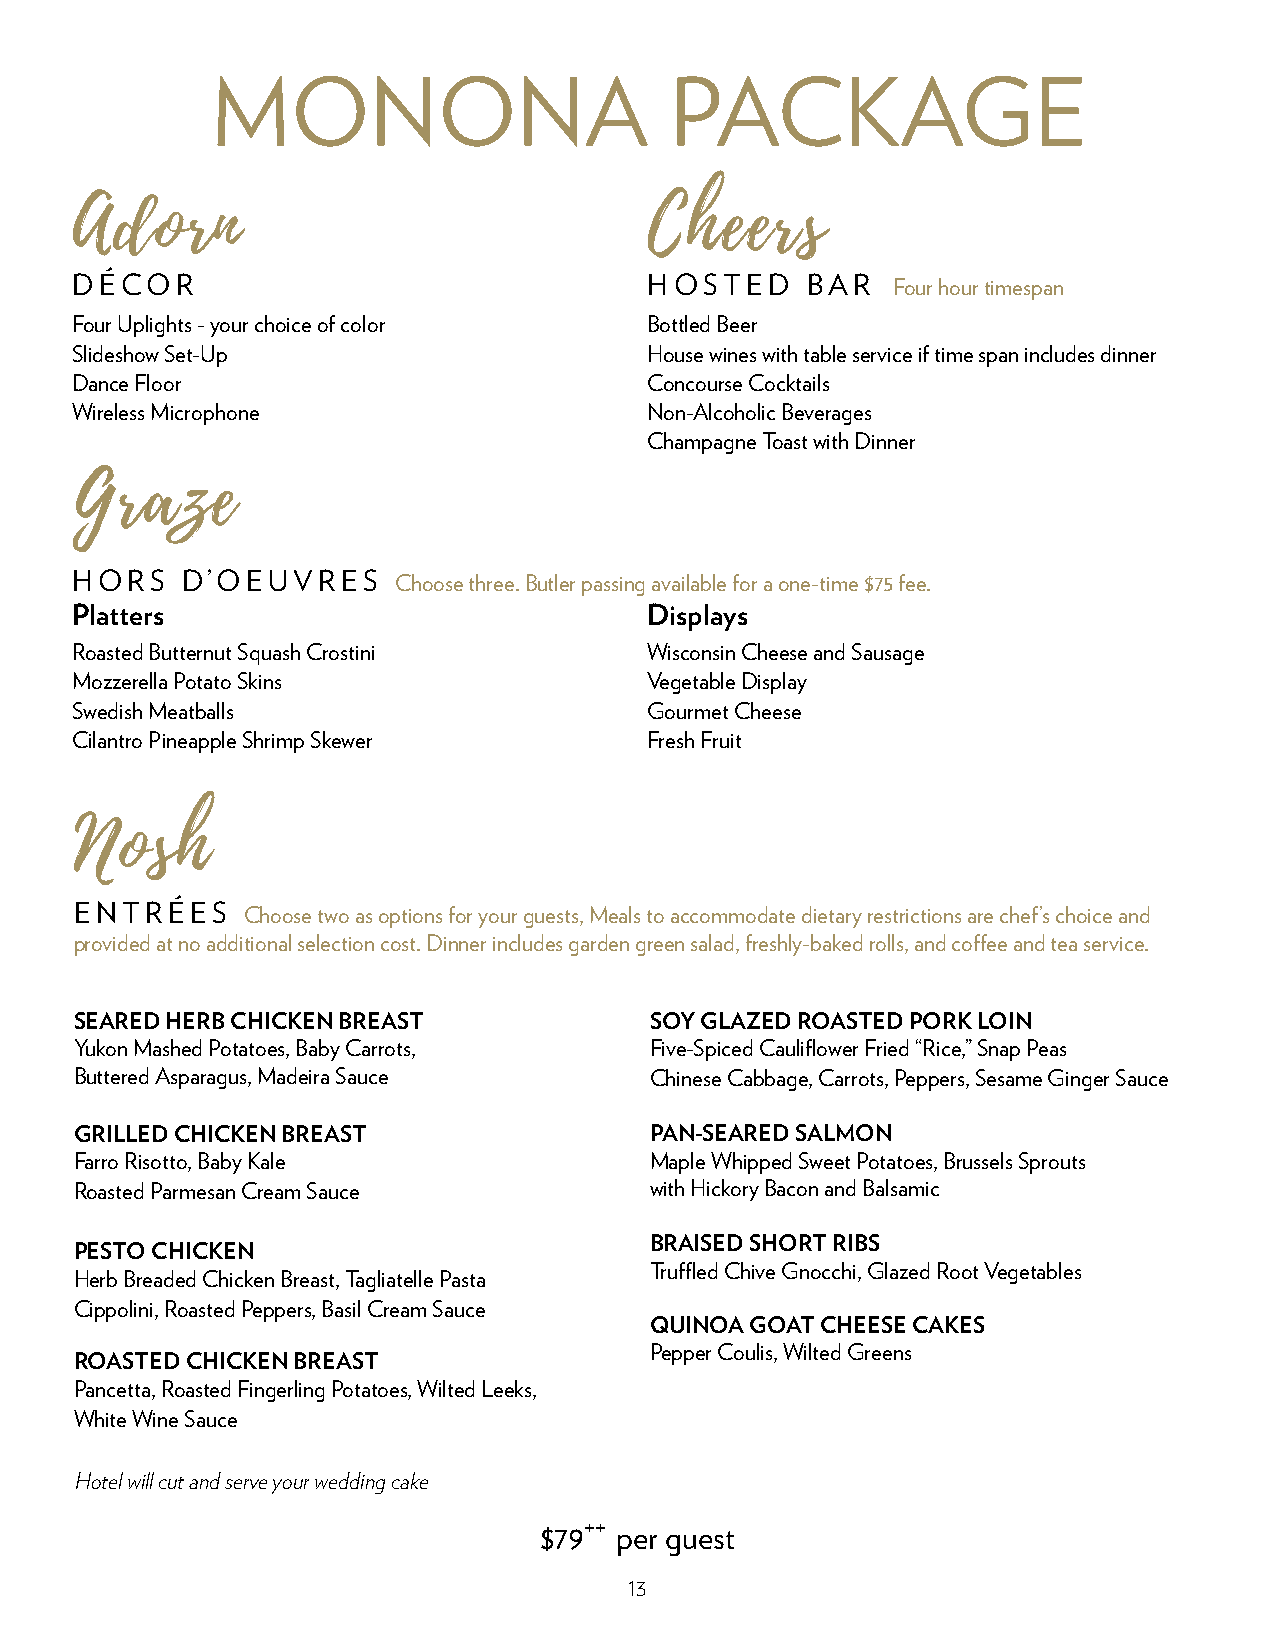
MONONA                        PACKAGE
 Adorn                                 Cheers
 DÉCOR                                 HOSTED    BAR   Four hour timespan
 Four Uplights - your choice of color  Bottled Beer
 Slideshow Set-Up                      House wines with table service if time span includes dinner
 Dance Floor                           Concourse Cocktails
 Wireless Microphone                   Non-Alcoholic Beverages
 Champagne Toast with Dinner
 Graze
 HORS   D’OEUVRES     Choose three. Butler passing available for a one-time $75 fee.
 Platters                              Displays
 Roasted Butternut Squash Crostini     Wisconsin Cheese and Sausage
 Mozzerella Potato Skins               Vegetable Display
 Swedish Meatballs                     Gourmet Cheese
 Cilantro Pineapple Shrimp Skewer      Fresh Fruit
 Nosh
 ENTRÉES    Choose two as options for your guests, Meals to accommodate dietary restrictions are chef’s choice and
 provided at no additional selection cost. Dinner includes garden green salad, freshly-baked rolls, and coffee and tea service.
 SEARED HERB CHICKEN BREAST            SOY GLAZED ROASTED PORK LOIN
 Yukon Mashed Potatoes, Baby Carrots,  Five-Spiced Cauliflower Fried “Rice,” Snap Peas
 Buttered Asparagus, Madeira Sauce     Chinese Cabbage, Carrots, Peppers, Sesame Ginger Sauce
 GRILLED CHICKEN BREAST                PAN-SEARED SALMON
 Farro Risotto, Baby Kale              Maple Whipped Sweet Potatoes, Brussels Sprouts
 Roasted Parmesan Cream Sauce          with Hickory Bacon and Balsamic
 BRAISED SHORT RIBS
 PESTO CHICKEN
 Truffled Chive Gnocchi, Glazed Root Vegetables
 Herb Breaded Chicken Breast, Tagliatelle Pasta
 Cippolini, Roasted Peppers, Basil Cream Sauce
 QUINOA GOAT CHEESE CAKES
 Pepper Coulis, Wilted Greens
 ROASTED CHICKEN BREAST
 Pancetta, Roasted Fingerling Potatoes, Wilted Leeks,
 White Wine Sauce
 Hotel will cut and serve your wedding cake
 $79++
 per guest
 13